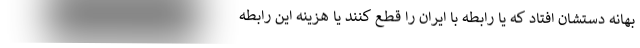
بهانه دستشان افتاد که یا رابطه با ایران را قطع کنند یا هزینه این رابطه